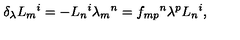
\delta _ { \lambda } L _ { m } { } ^ { i } = - L _ { n } { } ^ { i } \lambda _ { m } { } ^ { n } = f _ { m p } { } ^ { n } \lambda ^ { p } L _ { n } { } ^ { i } ,